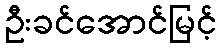
ဦးခင်အောင်မြင့်